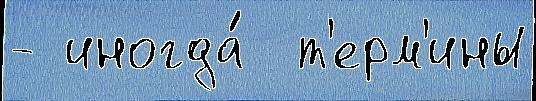
- иногда́  т'ерм'ины